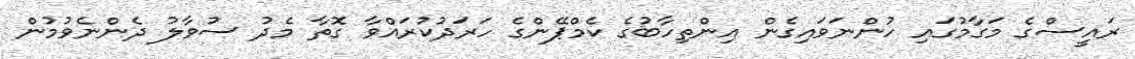
ރައީސްގެ މަގާމުގައި ހުންނަވައިގެން އިންތިހާބުގެ ކެމްޕޭންގެ ހަރަދުކުރައްވާ ގޮތާ މެދު ސުވާލު ދެންނެވުމުން